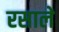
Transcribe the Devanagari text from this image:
रसाले